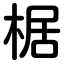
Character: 椐